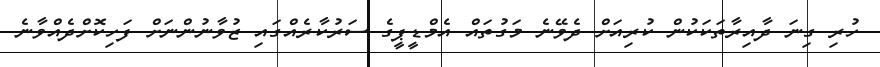
ހުރި ގިނަ ދާއިރާތަކަކުން ކުރިއަށް ދެވޭނެ މަގުތައް އެމްޑީޕީގެ ސަރުކާރެއްގައި ޒުވާނުންނަށް ފަހިކޮށްދެއްވާނެ